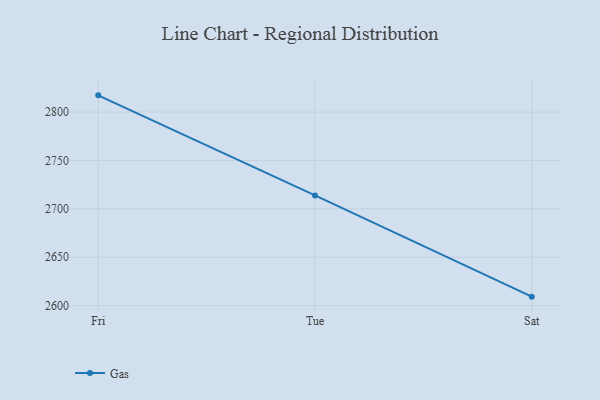
{"axis": {"x": "Day", "y": "Page Views"}, "legend": ["Gas"], "data": [{"x": "Fri", "y": 2817.3, "type": "Gas"}, {"x": "Tue", "y": 2713.9, "type": "Gas"}, {"x": "Sat", "y": 2609.3, "type": "Gas"}]}